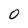
Character: 0